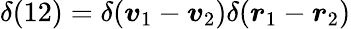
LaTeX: \delta(12)=\delta(\boldsymbol{v}_{1}-\boldsymbol{v}_{2})\delta(\boldsymbol{r}_{1}-\boldsymbol{r}_{2})